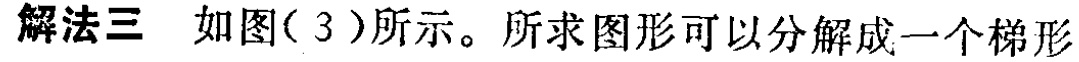
解法三 如图(3)所示。所求图形可以分解成一个梯形